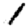
Digit: 1